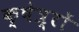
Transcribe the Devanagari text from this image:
क्षेत्र्रों